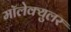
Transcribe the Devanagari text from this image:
मॉलेक्‍युलर